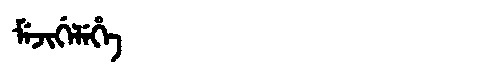
Manchu: ᠮᡝᠵᡳᡤᡝᠯᡝᡥᡝ
Romanization: MEJIGELEHE